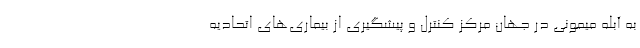
به آبله میمونی در جهان مرکز کنترل و پیشگیری از بیماری‌های اتحادیه